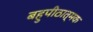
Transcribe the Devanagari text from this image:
बहुपीठात्मक